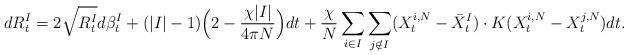
LaTeX: \begin{align*}dR^I_t=2\sqrt{R^I_t}d\beta^I_t+(|I|-1)\Big(2-\frac{\chi|I|}{4\pi N}\Big)dt+\frac{\chi}{N}\sum_{i\in I}\sum_{j\notin I}(X^{i,N}_t-\bar{X}^I_t)\cdot K(X^{i,N}_t-X^{j,N}_t)dt.\end{align*}